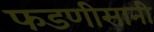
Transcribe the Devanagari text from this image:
फडणीसानी